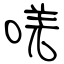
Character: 唴